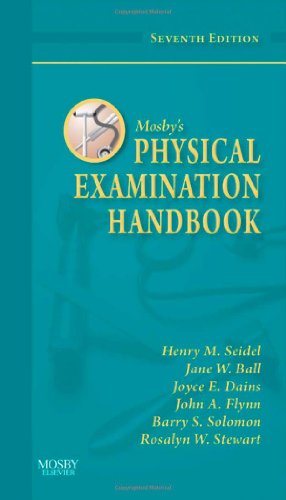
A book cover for Mosby's Physical Examination Handbook, 7e; Henry M. Seidel MD; Medical Books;